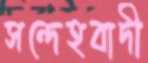
সন্দেহবাদী